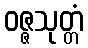
ဝဇ္ဇသုတ္တံ